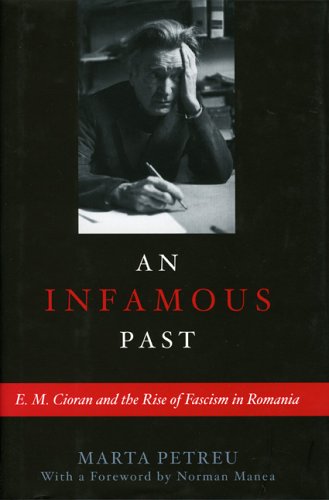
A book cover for An Infamous Past: E.M. Cioran and the Rise of Fascism in Romania; Marta Petreu; History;